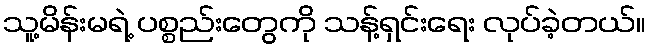
သူ့မိန်းမရဲ့ ပစ္စည်းတွေကို သန့်ရှင်းရေး လုပ်ခဲ့တယ်။